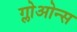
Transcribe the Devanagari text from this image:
ग्लोओन्स